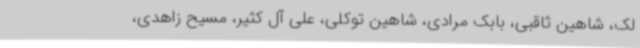
لک، شاهین ثاقبی، بابک مرادی، شاهین توکلی، علی آل کثیر، مسیح زاهدی،